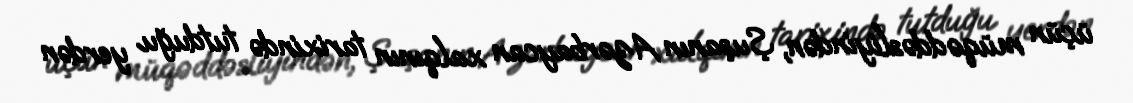
üçün müqəddəsliyindən, Şuşanın Azərbaycan xalqının tarixində tutduğu yerdən